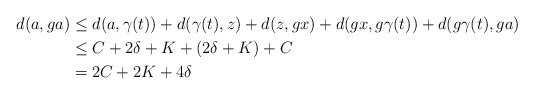
\begin{align*} d(a, ga) &\leq d(a, \gamma (t)) + d(\gamma (t), z) + d(z, gx) + d(gx, g \gamma (t)) + d(g \gamma (t), ga) \\ &\leq C + 2\delta + K + (2\delta + K) + C \\ &= 2 C + 2K + 4\delta\end{align*}